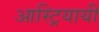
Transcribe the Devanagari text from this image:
आस्ट्रियायी